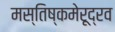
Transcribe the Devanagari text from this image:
मस्तिष्कमेरूद्रव